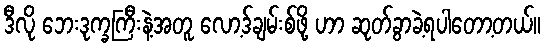
ဒီလို ဘေးဒုက္ခကြီးနဲ့အတူ လော့ဒ်ချမ်းစ်ဖို့ ဟာ ဆုတ်ခွာခဲ့ရပါတော့တယ်။